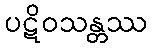
ပဋိဝသန္တဿ